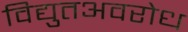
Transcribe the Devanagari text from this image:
विद्युतअवरोध